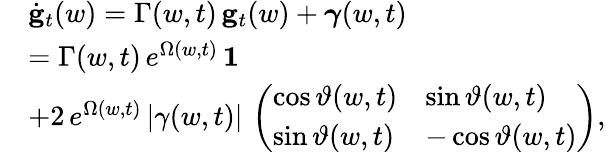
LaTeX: \begin{array}{rl}&{\dot{\mathbf g}_{t}(w)=\Gamma(w,t)\, {\mathbf g}_{t}(w)+\boldsymbol{\gamma}(w,t)}\\ &{=\Gamma(w,t)\, e^{\Omega(w,t)}\, \boldsymbol{1}}\\ &{+2\, e^{\Omega(w,t)}\, |\gamma(w,t)|\, \left(\begin{array}{ll}{\cos{\vartheta(w,t)}}&{\sin{\vartheta(w,t)}}\\ {\sin{\vartheta(w,t)}}&{-\cos{\vartheta(w,t)}}\end{array}\right),}\end{array}